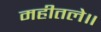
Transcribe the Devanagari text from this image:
महीतले॥